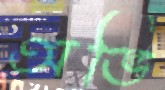
অভি